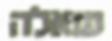
שאלה